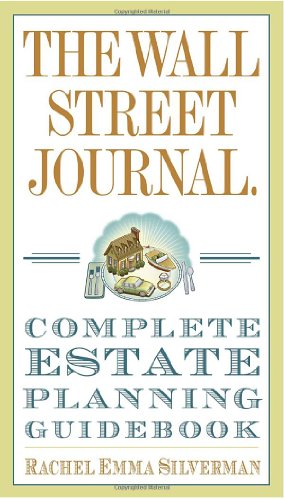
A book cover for The Wall Street Journal Complete Estate-Planning Guidebook; Rachel Emma Silverman; Business & Money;